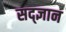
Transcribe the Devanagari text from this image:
सद्ज्ञान